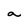
Character: a